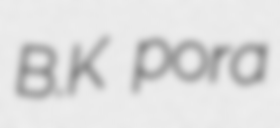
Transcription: B.K pora